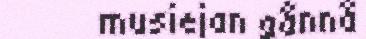
musiejan gånnå